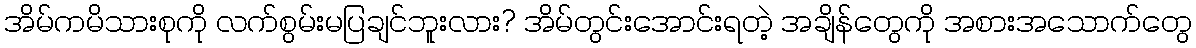
အိမ်ကမိသားစုကို လက်စွမ်းမပြချင်ဘူးလား? အိမ်တွင်းအောင်းရတဲ့ အချိန်တွေကို အစားအသောက်တွေ